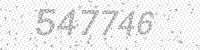
Solution: 547746